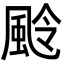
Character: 𩖵